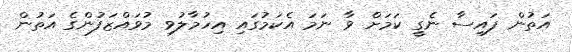
އަތުން ފައިސާ ނެގީ ކަމަށް ވާ ނަމަ އެކަމުގައި އިހުމާލުވި މުވައްޒަފުންގެ އަތުން